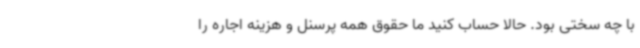
با چه سختی بود. حالا حساب کنید ما حقوق همه پرسنل و هزینه اجاره را